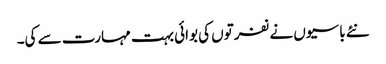
نئے باسیوں نے نفرتوں کی بوائی بہت مہارت سے کی۔